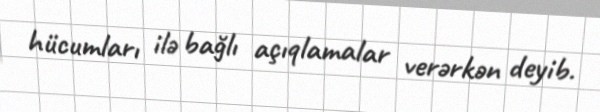
hücumları ilə bağlı açıqlamalar verərkən deyib.